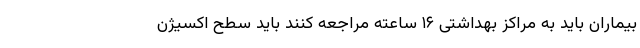
بیماران باید به مراکز بهداشتی ۱۶ ساعته مراجعه کنند باید سطح اکسیژن